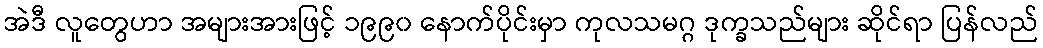
အဲဒီ လူတွေဟာ အများအားဖြင့် ၁၉၉၀ နောက်ပိုင်းမှာ ကုလသမဂ္ဂ ဒုက္ခသည်များ ဆိုင်ရာ ပြန်လည်